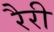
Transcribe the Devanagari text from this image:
रैरी